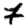
Digit: 7